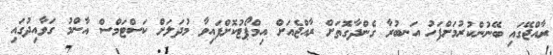
ރާއްޖޭގައި ބޭނުންކުރުމަށްފަހު އަނބުރާ ގެންދާގޮތަށް ރާއްޖެއަށް އިމްޕޯޓުކޮށްފައިވާ މުދަލަށް ކަސްޓަމްސް އާންމު ގަވާއިދުގައި